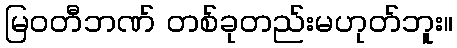
မြဝတီဘဏ် တစ်ခုတည်းမဟုတ်ဘူး။